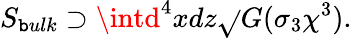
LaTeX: S_{\mathtt{b}ulk}\supset\intd^{4}xdz\sqrt{}{{G}}(\sigma_{3}\chi^{3}).